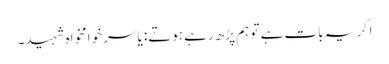
اگر یہ بات ہے تو ہم پڑھ رہے ہوتے: یاسر خوامخواہ شہید۔